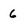
Character: 6